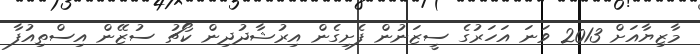
މާޒިޔާއަށް 2013 ވަނަ އަހަރުގެ ސީޒަނުން ފެށިގެން އިރުޝާދުދިން ކޯޗު ސުޒޭން އިސްތިއުފާ